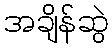
အချိန်ဆွဲ